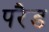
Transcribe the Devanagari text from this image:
परैड